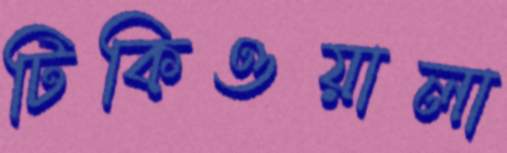
টিকিওয়ালা